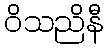
ဝိသညိနီ